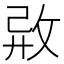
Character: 𢼷